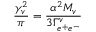
{ \frac { \gamma _ { v } ^ { 2 } } { \pi } } = { \frac { \alpha ^ { 2 } M _ { v } } { 3 \Gamma _ { e ^ { + } e ^ { - } } ^ { v } } }